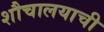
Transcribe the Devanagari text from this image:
शौचालयाची